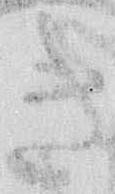
き